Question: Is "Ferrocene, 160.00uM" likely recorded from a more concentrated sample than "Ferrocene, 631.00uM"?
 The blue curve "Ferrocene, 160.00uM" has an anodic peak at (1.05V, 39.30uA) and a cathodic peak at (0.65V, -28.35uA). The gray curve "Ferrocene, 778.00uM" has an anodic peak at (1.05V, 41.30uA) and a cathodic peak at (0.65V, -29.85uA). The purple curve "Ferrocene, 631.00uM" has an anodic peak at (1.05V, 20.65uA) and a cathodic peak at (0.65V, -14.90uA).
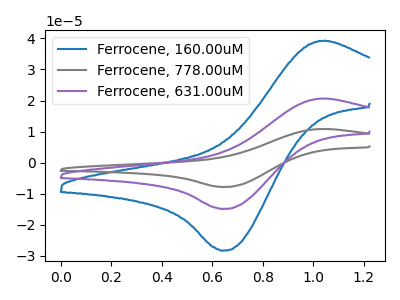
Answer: <think>All the peaks in "Ferrocene, 160.00uM" have a peak in "Ferrocene, 631.00uM" at the same potential. Every peak in "Ferrocene, 160.00uM" is higher than every peak in "Ferrocene, 631.00uM".
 </think>
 <answer>"Ferrocene, 160.00uM" has more signal than "Ferrocene, 631.00uM".</answer>
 <eval>more_signal</eval>